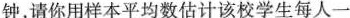
钟，请你用样本平均数估计该校学生每人